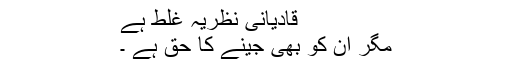
قادیانی نظریہ غلط ہے
مگر ان کو بھی جینے کا حق ہے ۔